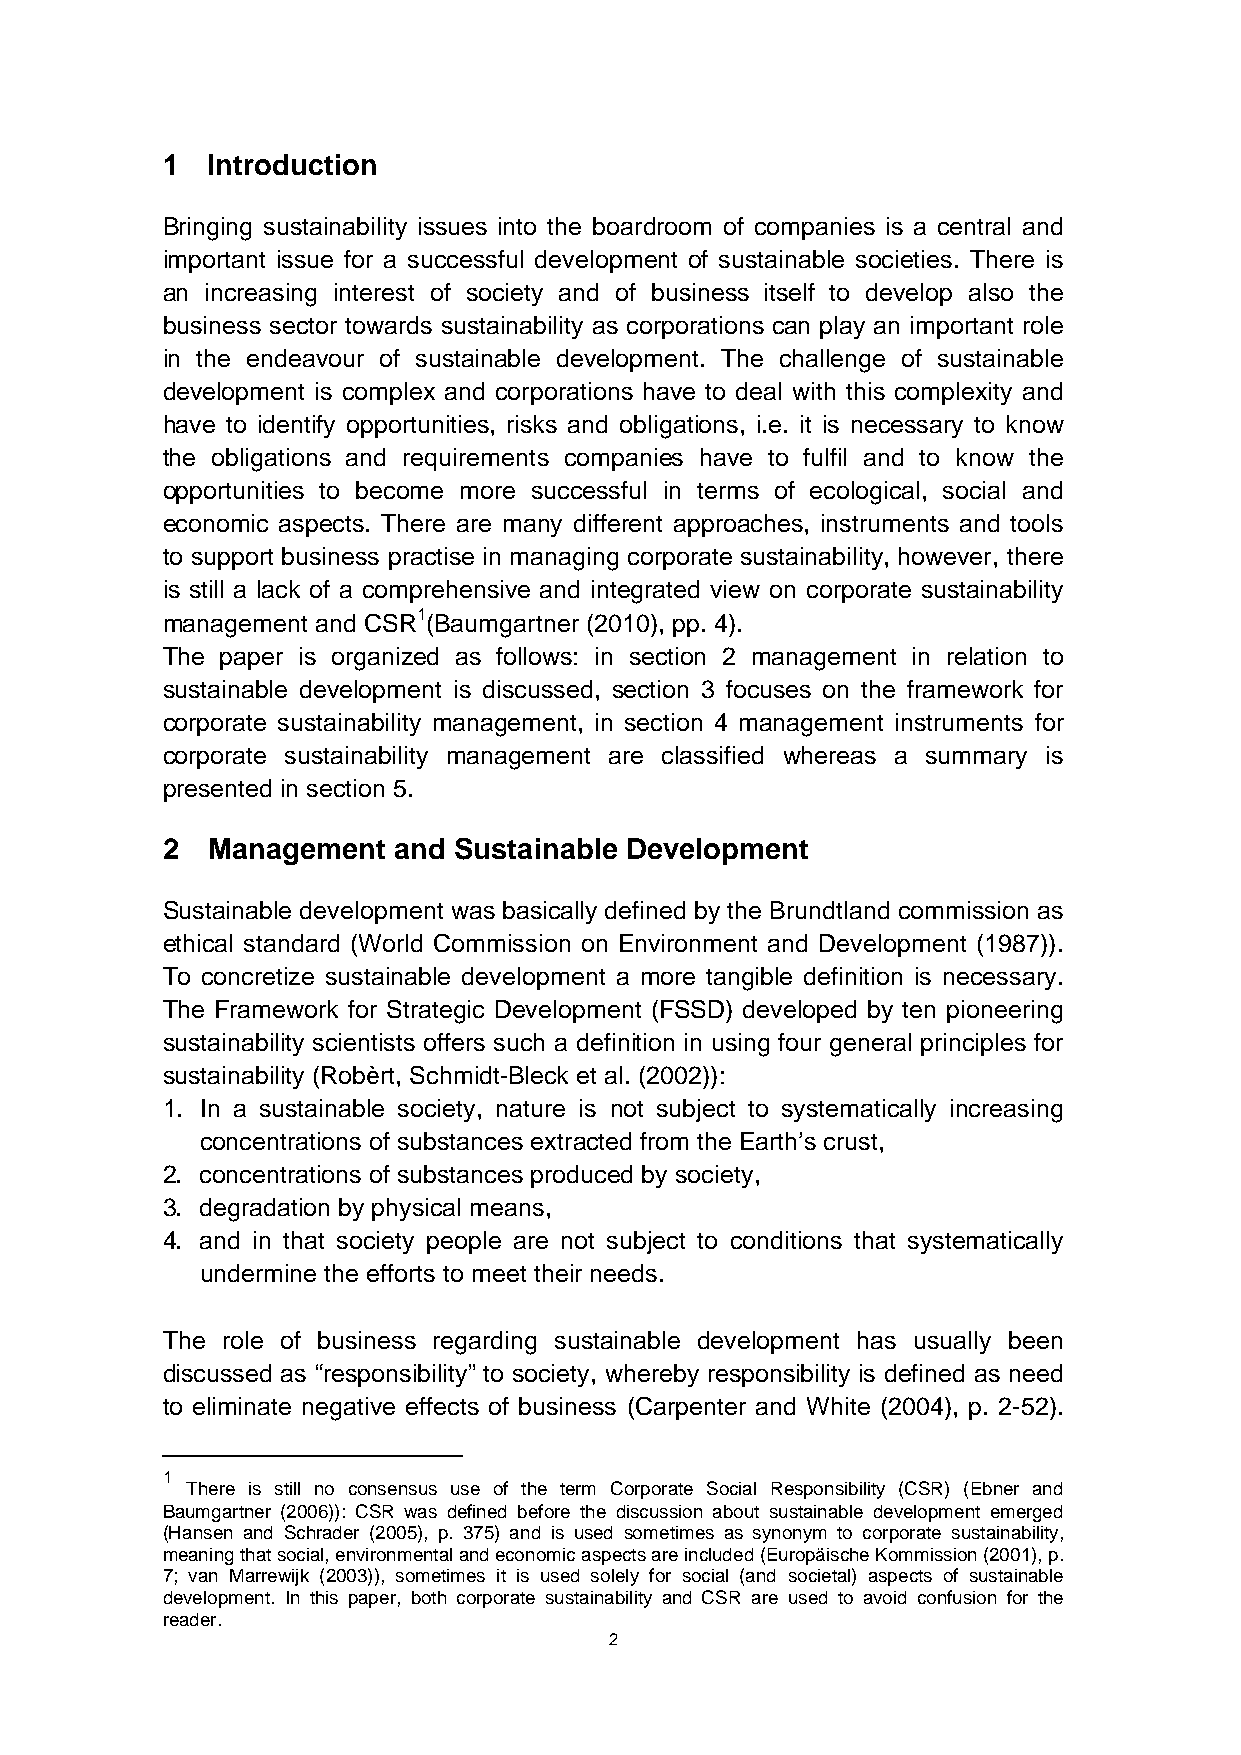
1  Introduction
 Bringing sustainability issues into the boardroom of companies is a central and
 important issue for a successful development of sustainable societies. There is
 an increasing interest of society and of business itself to develop also the
 business sector towards sustainability as corporations can play an important role
 in the endeavour of sustainable development. The challenge of sustainable
 development is complex and corporations have to deal with this complexity and
 have to identify opportunities, risks and obligations, i.e. it is necessary to know
 the obligations and requirements companies have to fulfil and to know the
 opportunities to become more successful in terms of ecological, social and
 economic aspects. There are many different approaches, instruments and tools
 to support business practise in managing corporate sustainability, however, there
 is still a lack of a comprehensive and integrated view on corporate sustainability
 management and CSR1(Baumgartner (2010), pp. 4).
 The paper is organized as follows: in section 2 management in relation to
 sustainable development is discussed, section 3 focuses on the framework for
 corporate sustainability management, in section 4 management instruments for
 corporate sustainability management are classified whereas a summary is
 presented in section 5.
 2  Management  and Sustainable Development
 Sustainable development was basically defined by the Brundtland commission as
 ethical standard (World Commission on Environment and Development (1987)).
 To concretize sustainable development a more tangible definition is necessary.
 The Framework for Strategic Development (FSSD) developed by ten pioneering
 sustainability scientists offers such a definition in using four general principles for
 sustainability (Robèrt, Schmidt-Bleck et al. (2002)):
 1. In a sustainable society, nature is not subject to systematically increasing
 concentrations of substances extracted from the Earth’s crust,
 2. concentrations of substances produced by society,
 3. degradation by physical means,
 4. and in that society people are not subject to conditions that systematically
 undermine the efforts to meet their needs.
 The role of business regarding sustainable development has usually been
 discussed as “responsibility” to society, whereby responsibility is defined as need
 to eliminate negative effects of business (Carpenter and White (2004), p. 2-52).
 1
 There is still no consensus use of the term Corporate Social Responsibility (CSR) (Ebner and
 Baumgartner (2006)): CSR was defined before the discussion about sustainable development emerged
 (Hansen and Schrader (2005), p. 375) and is used sometimes as synonym to corporate sustainability,
 meaning that social, environmental and economic aspects are included (Europäische Kommission (2001), p.
 7; van Marrewijk (2003)), sometimes it is used solely for social (and societal) aspects of sustainable
 development. In this paper, both corporate sustainability and CSR are used to avoid confusion for the
 reader.
 2